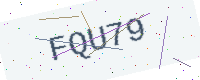
Text: FQU79